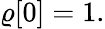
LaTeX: \varrho[0]=1.